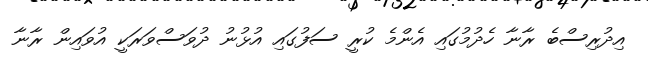
އިދުރިސްބެ ރާނާ ހެދުމުގައި އެންމެ ކުރީ ސަފުގައި އުޅުނު ދުވަސްވަރަކީ އުވައިން ރާނާ